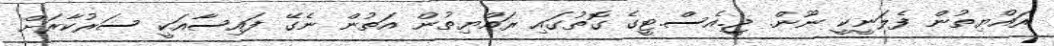
ރައްޔިތުން ފެލަނީކީ ނޫން. ޖީ.އެސް.ޓީގެ ގޮތުގައި ރައްޔިތުން އަތުން ނެގޭ ފައިސާއަކީ ސަރުކާރަށް